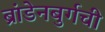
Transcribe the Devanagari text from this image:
ब्रांडेनबुर्गची